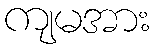
ကျမအား